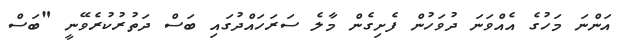
އަންނަ މަހުގެ އެއްވަނަ ދުވަހުން ފެށިގެން މާލެ ސަރަހައްދުގައި ބަސް ދަތުރުކުރެވޭނީ "ބަސް